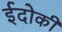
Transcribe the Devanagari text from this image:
ईदोकी